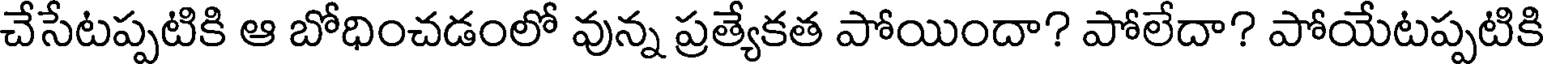
చేసేటప్పటికి ఆ బోధించడంలో వున్న ప్రత్యేకత పోయిందా? పోలేదా? పోయేటప్పటికి